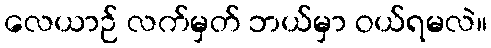
လေယာဉ် လက်မှတ် ဘယ်မှာ ဝယ်ရမလဲ။